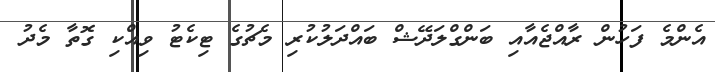
އެންމެ ފަހުން ރާއްޖެއާއި ބަންގްލަދޭޝް ބައްދަލުކުރި މެޗުގެ ޓިކެޓު ވިއްކި ގޮތާ މެދު